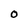
Character: O